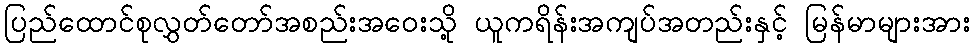
ပြည်ထောင်စုလွှတ်တော်အစည်းအဝေးသို့ ယူကရိန်းအကျပ်အတည်းနှင့် မြန်မာများအား